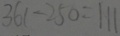
3 6 1 - 2 5 0 = 1 1 1